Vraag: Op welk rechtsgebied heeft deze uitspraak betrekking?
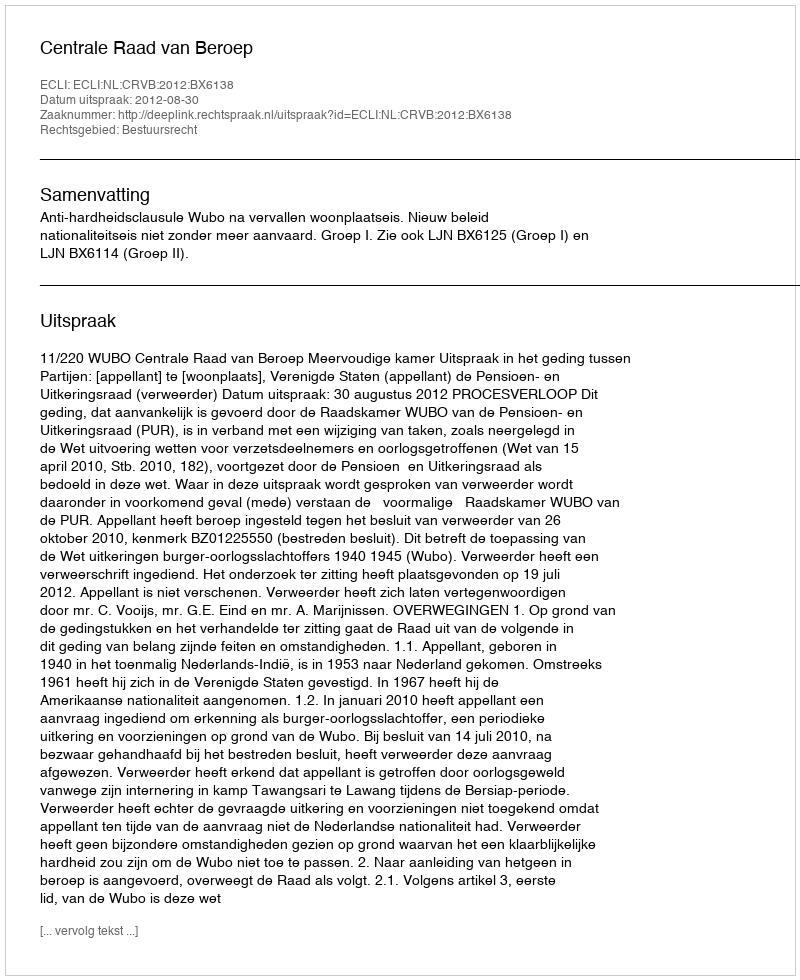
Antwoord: Bestuursrecht